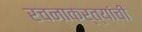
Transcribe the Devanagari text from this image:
रचनाकर्त्यांची